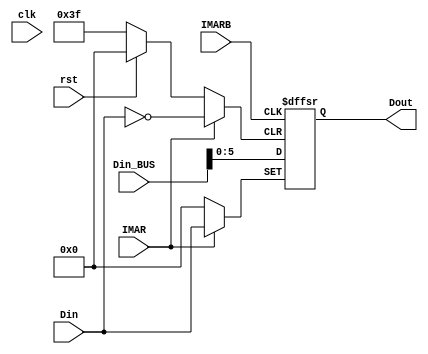
`timescale 1ns / 1ps

module MAR(
        input wire clk,
        input wire IMAR,
        input wire IMARB,
        input wire [5:0] Din,//PC
        input wire [7:0] Din_BUS,//PC
        input wire  rst,
        output wire [5:0] Dout
    );
    
reg [5:0] addr=6'b000000;  
assign Dout=addr;

always @ (posedge IMAR or posedge IMARB or negedge rst) begin
    if(rst==0) addr=6'b000000;
    else if(IMAR==1) addr = Din;
    else if(IMARB==1) addr = Din_BUS[5:0];  
    else addr=addr;
end

endmodule